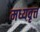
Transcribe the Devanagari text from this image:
मध्यवृत्त